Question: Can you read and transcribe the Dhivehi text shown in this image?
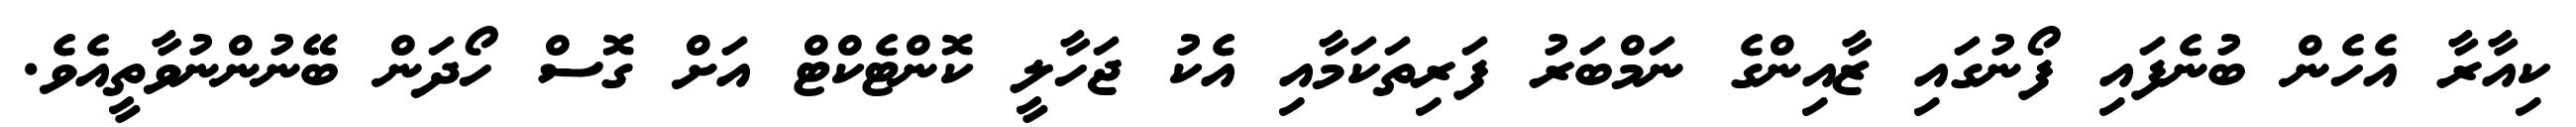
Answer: ކިއާރާ އެހެން ބުނެފައި ފޯނުގައި ޒާއިންގެ ނަމްބަރު ފަރިތަކަމާއި އެކު ޖަހާލީ ކޮންޓެކްޓް އަށް ގޮސް ހޯދަން ބޭނުންނުވާތީއެވެ.